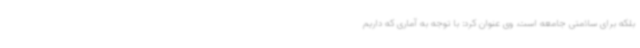
بلکه برای سلامتی جامعه است. وی عنوان کرد: با توجه به آماری که داریم